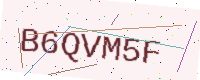
Text: B6QVM5F